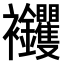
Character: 𧟝